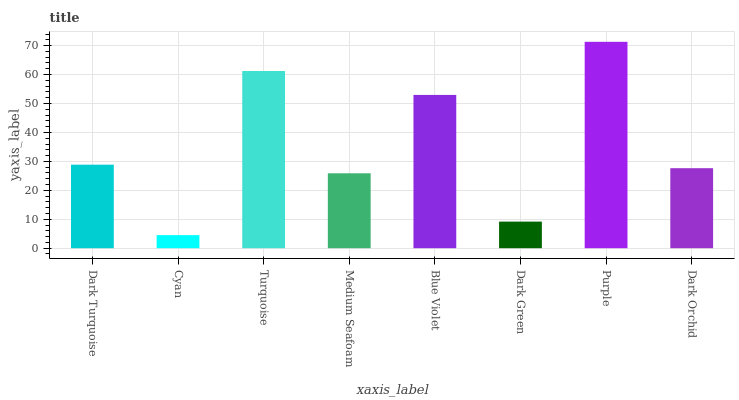
| xaxis_label | bars |
 | --- | --- |
 | Dark Turquoise | 28.9 |
 | Cyan | 4.52 |
 | Turquoise | 61.2 |
 | Medium Seafoam | 25.9 |
 | Blue Violet | 53 |
 | Dark Green | 9.19 |
 | Purple | 71.3 |
 | Dark Orchid | 27.6 |